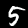
Label: 5